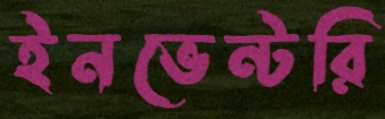
ইনভেন্টরি